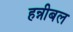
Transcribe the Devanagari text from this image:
हन्नीबल